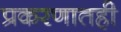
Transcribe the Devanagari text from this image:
प्रकरणातही